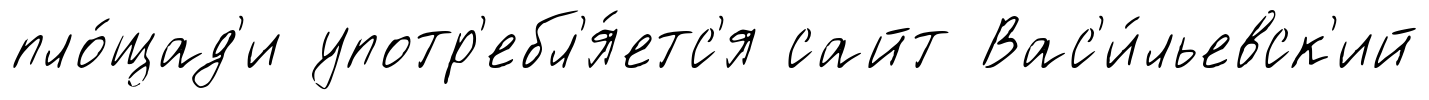
пло́щад'и употр'ебл'я́етс'я сайт Вас'и́льевск'ий